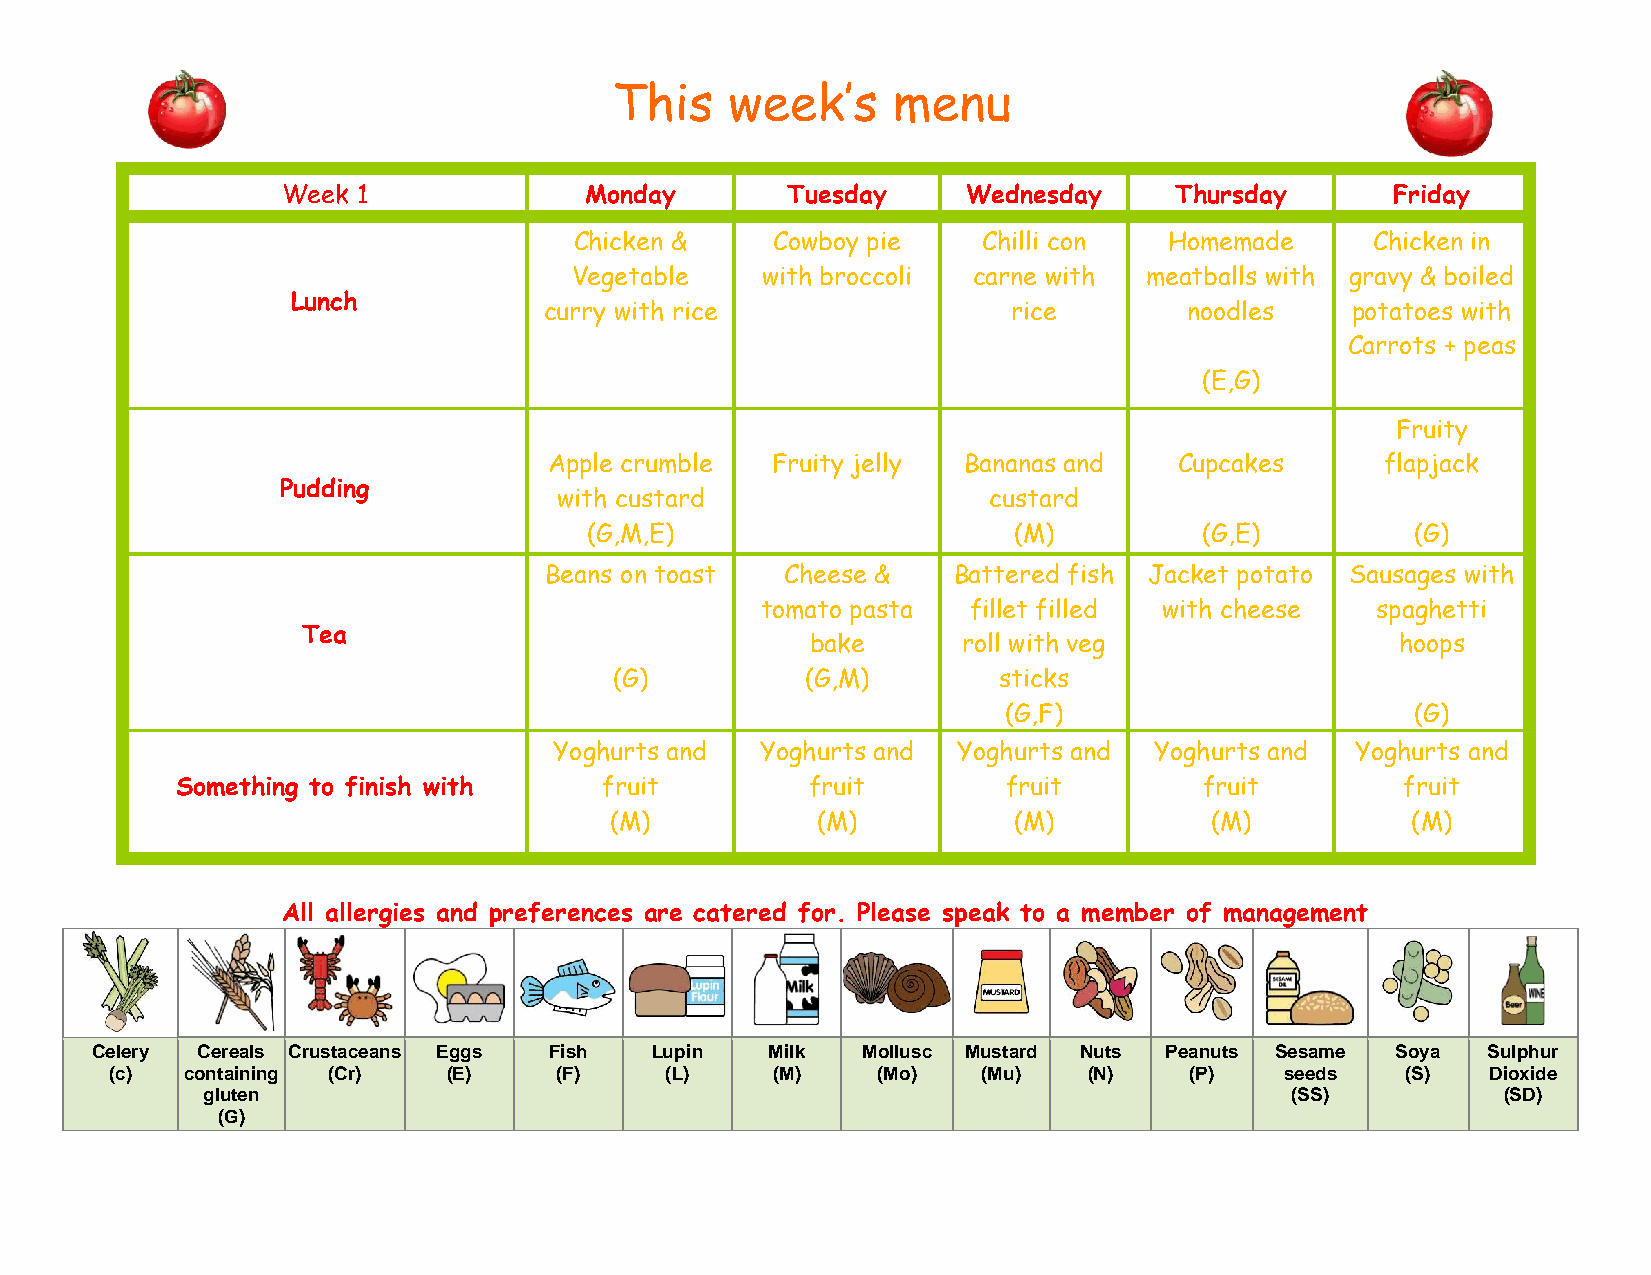
This    week’s     menu
 Week 1              Monday       Tuesday     Wednesday     Thursday      Friday
 Chicken &    Cowboy pie    Chilli con  Homemade      Chicken in
 Vegetable   with broccoli carne with  meatballs with gravy & boiled
 Lunch
 curry with rice                rice        noodles   potatoes with
 Carrots + peas
 (E,G)
 Fruity
 Apple crumble  Fruity jelly Bananas and   Cupcakes      flapjack
 Pudding
 with custard                custard
 (G,M,E)                     (M)          (G,E)         (G)
 Beans on toast  Cheese &   Battered fish Jacket potato Sausages with
 tomato pasta  fillet filled with cheese  spaghetti
 Tea
 bake      roll with veg                hoops
 (G)         (G,M)        sticks
 (G,F)                      (G)
 Yoghurts and Yoghurts and Yoghurts and Yoghurts and  Yoghurts and
 Something to finish with    fruit         fruit        fruit        fruit        fruit
 (M)           (M)          (M)          (M)          (M)
 All allergies and preferences are catered for. Please speak to a member of management
 Celery Cereals Crustaceans Eggs Fish Lupin   Milk  Mollusc Mustard Nuts Peanuts Sesame Soya Sulphur
 (c)  containing (Cr)   (E)    (F)    (L)    (M)    (Mo)   (Mu)   (N)    (P)   seeds   (S)   Dioxide
 gluten                                                                  (SS)          (SD)
 (G)